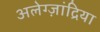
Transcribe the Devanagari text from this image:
अलेग्ज़ांद्रिया